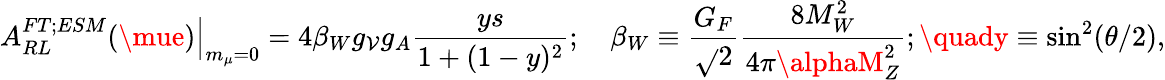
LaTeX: \left.A_{RL}^{FT;ESM}(\mue)\right\vert_{m_{\mu}=0}=4\beta_{W}g_{\mathcal{V}}g_{A}\frac{{ys}}{{1+(1-y)^{2}}};\quad\beta_{W}\equiv\frac{{G_{F}}}{{\sqrt{}{{2}}}}\frac{{8M_{W}^{2}}}{{4\pi\alphaM_{Z}^{2}}};\quady\equiv\sin^{2}(\theta/2),